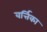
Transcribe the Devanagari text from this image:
वर्त्तिका